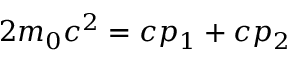
2 m _ { 0 } c ^ { 2 } = c p _ { 1 } + c p _ { 2 }